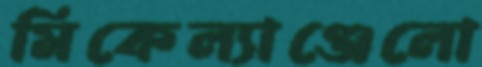
মিকেল্যাঞ্জেলো